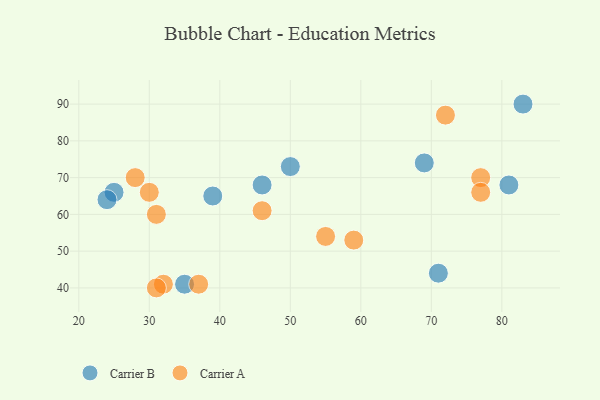
{"axis": {"x": "GDP", "y": "Life Expectancy"}, "legend": ["Carrier A", "Carrier B"], "data": [{"x": "25", "y": 66, "type": "Carrier B"}, {"x": "35", "y": 41, "type": "Carrier B"}, {"x": "81", "y": 68, "type": "Carrier B"}, {"x": "39", "y": 65, "type": "Carrier B"}, {"x": "83", "y": 90, "type": "Carrier B"}, {"x": "24", "y": 64, "type": "Carrier B"}, {"x": "69", "y": 74, "type": "Carrier B"}, {"x": "50", "y": 73, "type": "Carrier B"}, {"x": "71", "y": 44, "type": "Carrier B"}, {"x": "46", "y": 68, "type": "Carrier B"}, {"x": "77", "y": 70, "type": "Carrier A"}, {"x": "77", "y": 66, "type": "Carrier A"}, {"x": "31", "y": 60, "type": "Carrier A"}, {"x": "28", "y": 70, "type": "Carrier A"}, {"x": "37", "y": 41, "type": "Carrier A"}, {"x": "32", "y": 41, "type": "Carrier A"}, {"x": "31", "y": 40, "type": "Carrier A"}, {"x": "46", "y": 61, "type": "Carrier A"}, {"x": "30", "y": 66, "type": "Carrier A"}, {"x": "55", "y": 54, "type": "Carrier A"}, {"x": "59", "y": 53, "type": "Carrier A"}, {"x": "72", "y": 87, "type": "Carrier A"}]}